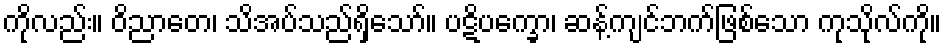
ကိုလည်း။ ဝိညာတေ၊ သိအပ်သည်ရှိသော်။ ပဋိပက္ခော၊ ဆန့်ကျင်ဘက်ဖြစ်သော ကုသိုလ်ကို။